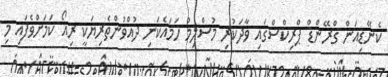
ކެނޭޑިއަން ގްރޭންޑް ޕްރިކްސްގައި ވާދަކުރި މުސްލިމު ހަމައެކަނި ދުއްވުންތެރިޔަކީ ރިއޯ ކަމަށްވެފައި މި